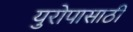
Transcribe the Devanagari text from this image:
युरोपासाठी